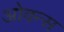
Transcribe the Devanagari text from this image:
ओवन्स